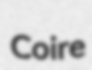
Coire